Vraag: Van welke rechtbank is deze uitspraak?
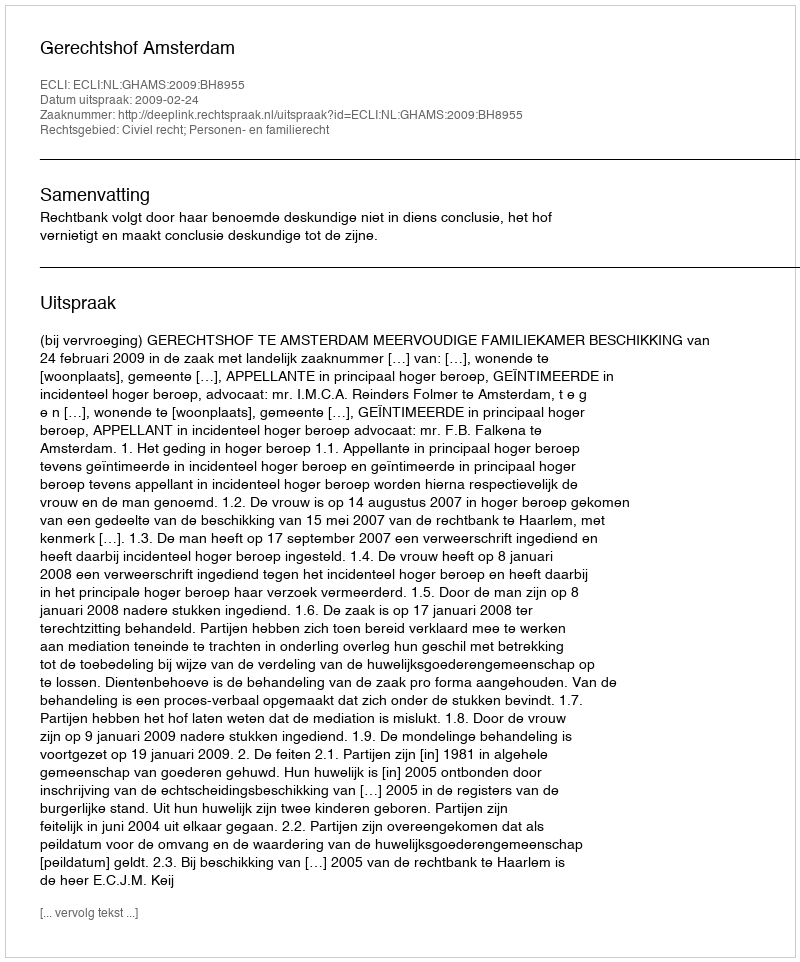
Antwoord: Gerechtshof Amsterdam